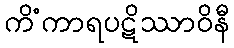
ကိံကာရပဋိဿာဝိနီ